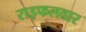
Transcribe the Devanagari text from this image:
राइफलवार